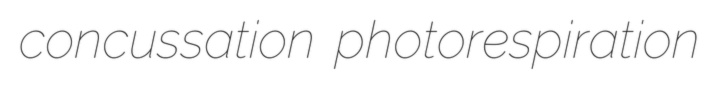
concussation photorespiration